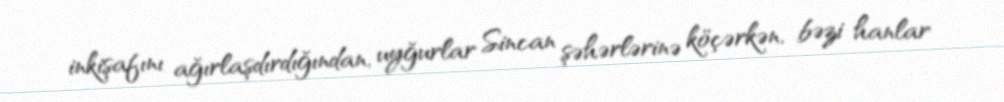
inkişafını ağırlaşdırdığından, uyğurlar Sincan şəhərlərinə köçərkən, bəzi hanlar